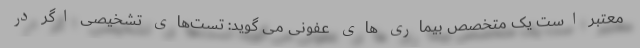
معتبر است یک متخصص بیماری های عفونی می گوید:‌ تست‌های تشخیصی اگر در